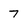
Character: 7